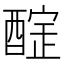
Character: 𨢃